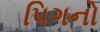
પિગનો